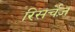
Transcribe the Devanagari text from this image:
रिसर्चेज़